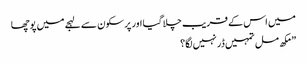
میں اس کے قریب چلا گیا اور پر سکون سے لہجے میں پوچھا
” مکھ مل تمہیں ڈر نہیں لگا؟